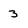
Character: 3